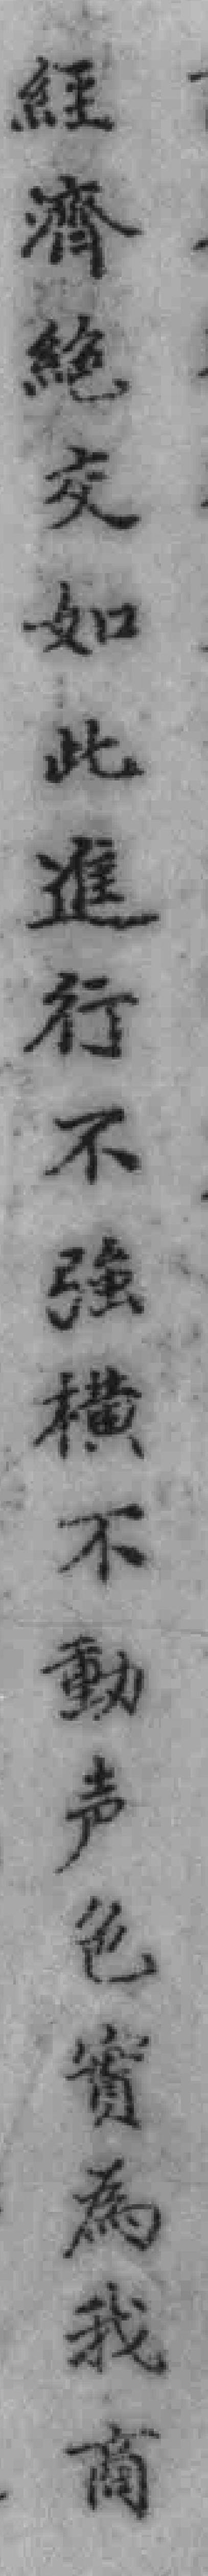
維濟絕交如此進行不强横不動声色資為我商